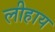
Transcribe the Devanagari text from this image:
लीहाय